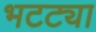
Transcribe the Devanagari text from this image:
भटट्या